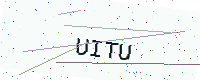
Text: UITU